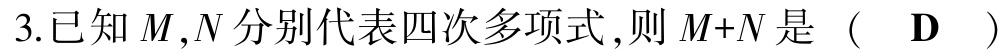
3.已知$M,N$分别代表四次多项式，则$M+N$是（  D  ）